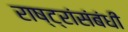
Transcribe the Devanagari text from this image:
राष्ट्रांसंबंधी